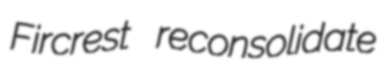
Fircrest reconsolidate